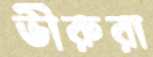
ভীরুরা